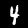
Digit: 4